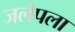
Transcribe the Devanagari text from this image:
जलेपला